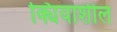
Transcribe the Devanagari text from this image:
क्यियाशील